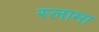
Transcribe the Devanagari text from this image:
स्लामा